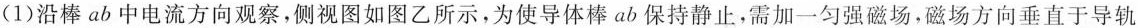
(1)沿棒ab中电流方向观察，侧视图如图乙所示，为使导体棒ab保持静止，需加一匀强磁场，磁场方向垂直于导轨